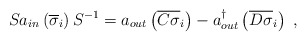
\begin{align*}Sa_{in}\left(\overline{\sigma}_i\right)S^{-1}=a_{out}\left(\overline{C\sigma}_i\right)-a_{out}^{\dagger}\left(\overline{D\sigma}_i\right)\;,\end{align*}